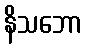
နိသဘော